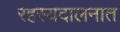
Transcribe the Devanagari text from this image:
रहस्यदालनात